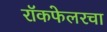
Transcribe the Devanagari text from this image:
रॉकफेलरचा